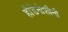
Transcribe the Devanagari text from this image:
हौडेनोशौनी